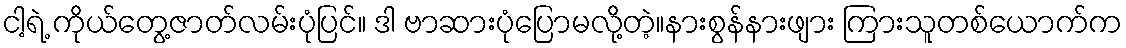
ငါ့ရဲ့ ကိုယ်တွေ့ဇာတ်လမ်းပုံပြင်။ ဒါ ဗာဆားပုံပြောမလို့တဲ့။နားစွန်နားဖျား ကြားသူတစ်ယောက်က